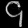
Digit: ၄